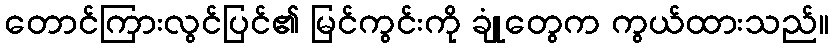
တောင်ကြားလွင်ပြင်၏ မြင်ကွင်းကို ချုံတွေက ကွယ်ထားသည်။